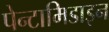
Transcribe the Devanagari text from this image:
पेन्टामिडाइन